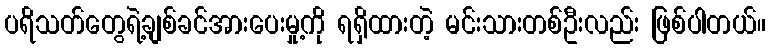
ပရိသတ်တွေရဲ့ချစ်ခင်အားပေးမှု့ကို ရရှိထားတဲ့ မင်းသားတစ်ဦးလည်း ဖြစ်ပါတယ်။